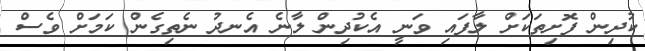
ކުދިން ފޮށިތަކަށް ލާފައި ވަނީ އެކުދިން ލާނެ އެނދު ނެތިގެން ކަމަށް ވެސް